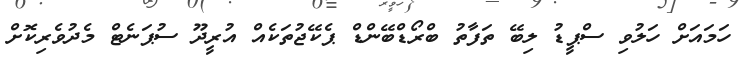
ހަމައަށް ހަލުވި ސްޕީޑު ލިބޭ ތަފާތު ބްރޯޑްބޭންޑް ޕެކޭޖުތަކެއް އުރީދޫ ސުޕަނެޓް މެދުވެރިކޮށް